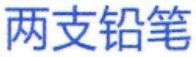
两支铅笔